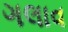
ગલાવ